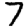
Digit: 7